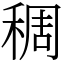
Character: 稠